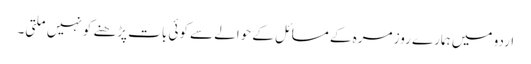
اردو میں ہمارے روز مرہ کے مسائل کے حوالے سے کوئی بات پڑھنے کو نہیں ملتی۔